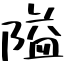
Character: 隘